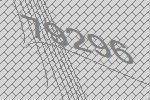
79296